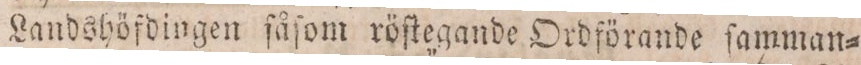
Landshöfdingen fåſom röſtegande Ordförande ſamman=